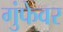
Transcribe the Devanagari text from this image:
गुंफेवर